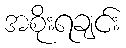
အစိုးရချင်း